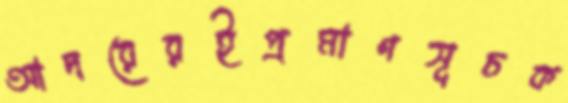
আদরেরইপ্রমাণসূচক